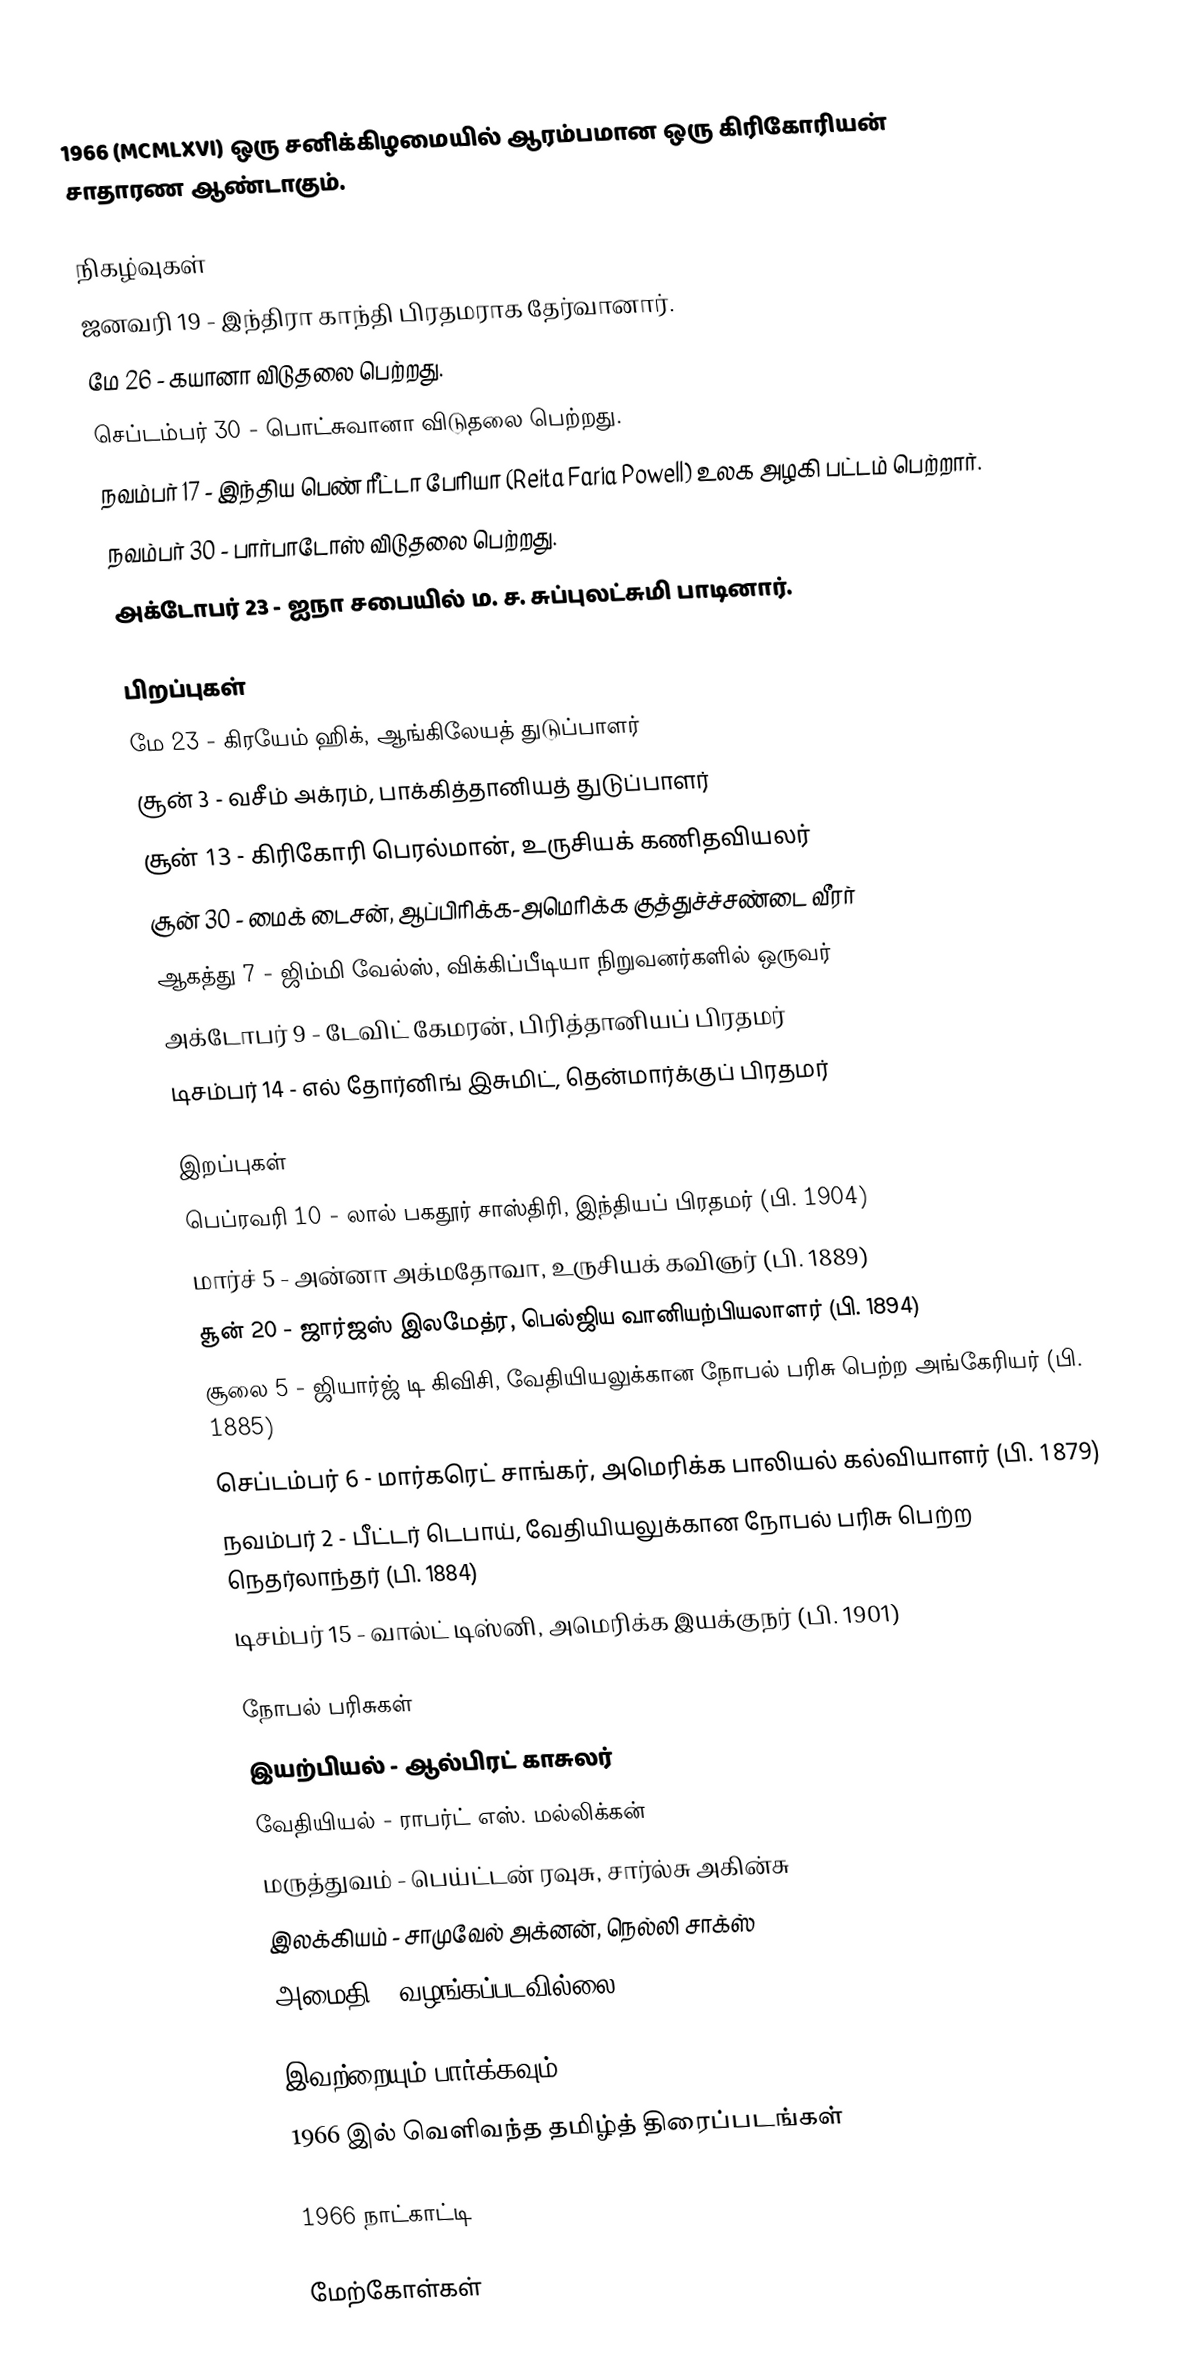
1966  (MCMLXVI) ஒரு சனிக்கிழமையில் ஆரம்பமான ஒரு கிரிகோரியன் சாதாரண ஆண்டாகும்.

நிகழ்வுகள்
 ஜனவரி 19 - இந்திரா காந்தி பிரதமராக தேர்வானார்.
 மே 26 - கயானா விடுதலை பெற்றது.
 செப்டம்பர் 30 - பொட்சுவானா விடுதலை பெற்றது.
 நவம்பர் 17 - இந்திய பெண் ரீட்டா பேரியா (Reita Faria Powell) உலக அழகி பட்டம் பெற்றார்.
 நவம்பர் 30 - பார்பாடோஸ் விடுதலை பெற்றது.
 அக்டோபர் 23 - ஐநா சபையில் ம. ச. சுப்புலட்சுமி பாடினார்.

பிறப்புகள்
 மே 23 - கிரயேம் ஹிக், ஆங்கிலேயத் துடுப்பாளர்
 சூன் 3 - வசீம் அக்ரம், பாக்கித்தானியத் துடுப்பாளர்
 சூன் 13 - கிரிகோரி பெரல்மான், உருசியக் கணிதவியலர்
 சூன் 30 - மைக் டைசன், ஆப்பிரிக்க-அமெரிக்க குத்துச்ச்சண்டை வீரர்
 ஆகத்து 7 - ஜிம்மி வேல்ஸ், விக்கிப்பீடியா நிறுவனர்களில் ஒருவர்
 அக்டோபர் 9 - டேவிட் கேமரன், பிரித்தானியப் பிரதமர்
 டிசம்பர் 14 - எல் தோர்னிங் இசுமிட், தென்மார்க்குப் பிரதமர்

இறப்புகள்
 பெப்ரவரி 10 - லால் பகதூர் சாஸ்திரி, இந்தியப் பிரதமர் (பி. 1904)
 மார்ச் 5 - அன்னா அக்மதோவா, உருசியக் கவிஞர் (பி. 1889)
 சூன் 20 - ஜார்ஜஸ் இலமேத்ர, பெல்ஜிய வானியற்பியலாளர் (பி. 1894)
 சூலை 5 - ஜியார்ஜ் டி கிவிசி, வேதியியலுக்கான நோபல் பரிசு பெற்ற அங்கேரியர் (பி. 1885)
 செப்டம்பர் 6 - மார்கரெட் சாங்கர், அமெரிக்க பாலியல் கல்வியாளர் (பி. 1879)
 நவம்பர் 2 - பீட்டர் டெபாய், வேதியியலுக்கான நோபல் பரிசு பெற்ற நெதர்லாந்தர் (பி. 1884)
 டிசம்பர் 15 - வால்ட் டிஸ்னி, அமெரிக்க இயக்குநர் (பி. 1901)

நோபல் பரிசுகள்
 இயற்பியல் - ஆல்பிரட் காசுலர்
 வேதியியல் - ராபர்ட் எஸ். மல்லிக்கன்
 மருத்துவம் - பெய்ட்டன் ரவுசு, சார்ல்சு அகின்சு
 இலக்கியம் - சாமுவேல் அக்னன், நெல்லி சாக்ஸ்
 அமைதி - வழங்கப்படவில்லை

இவற்றையும் பார்க்கவும்
 1966 இல் வெளிவந்த தமிழ்த் திரைப்படங்கள்

1966 நாட்காட்டி

மேற்கோள்கள்